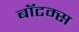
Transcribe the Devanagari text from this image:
बॉटम्स